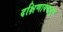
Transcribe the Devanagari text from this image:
दक्षिणायनातून